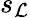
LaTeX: s_{\mathcal{L}}